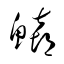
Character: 鱚